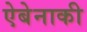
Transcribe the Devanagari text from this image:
ऐबेनाकी